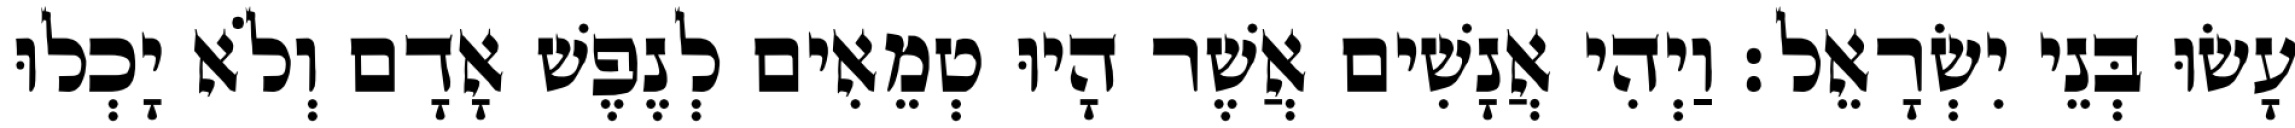
עָשׂוּ בְּנֵי יִשְׂרָאֵל׃ וַיְהִי אֲנָשִׁים אֲשֶׁר הָיוּ טְמֵאִים לְנֶפֶשׁ אָדָם וְלֹא יָכְלוּ